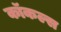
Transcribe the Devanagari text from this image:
कॉकल्स